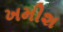
ખમીશ